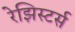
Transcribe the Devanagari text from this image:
रेझिस्टर्स